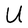
Character: U